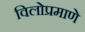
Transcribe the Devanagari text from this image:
विलोप्रमाणे